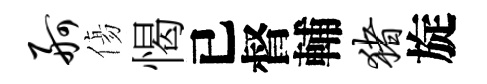
舸傷愒已督輔猪旋